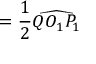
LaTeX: = { \frac { 1 } { 2 } } { \widehat { Q O _ { 1 } P _ { 1 } } }